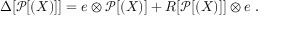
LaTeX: \Delta [ \mathcal { P } [ ( X ) ] ] = e \otimes \mathcal { P } [ ( X ) ] + R [ \mathcal { P } [ ( X ) ] ] \otimes e ~ .